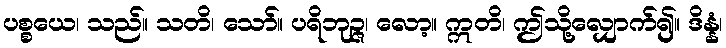
ပစ္စယေ၊ သည်။ သတိ၊ သော်။ ပရိဘုဉ္ဇ၊ လော့။ ဣတိ၊ ဤသို့လျှောက်၍။ ဒိန္နံ၊